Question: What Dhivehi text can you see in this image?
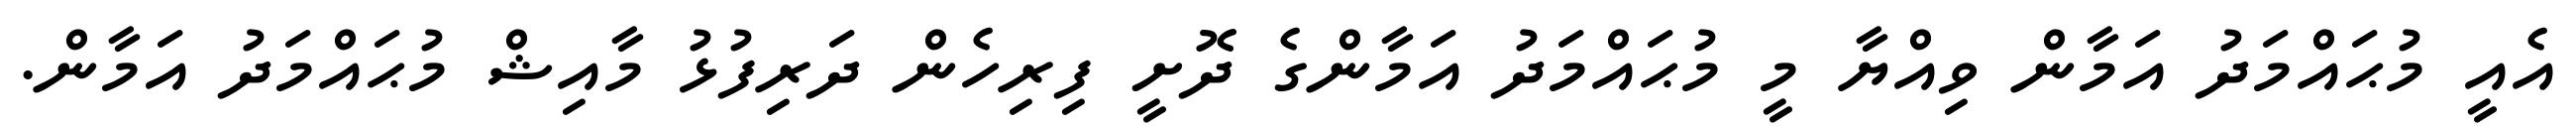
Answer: އެއީ މުޙައްމަދު އަމާން ވިއްޔާ މީ މުޙައްމަދު އަމާންގެ ދޮށީ ފިރިހެން ދަރިފުޅު މާއިޝް މުޙައްމަދު އަމާން.